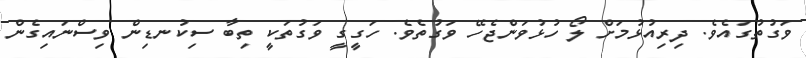
ވަގުތުގައެވެ. ދިރިއުޅުމަށް ލޯ ހުޅުވަންޖެހޭ ވަގުތެވެ. ހަގީގީ ވަގުތަކީ ތިބާ ސިކުނޑިން ވިސްނައިގެން